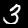
Digit: 3